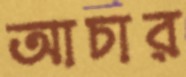
আচার